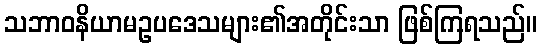
သဘာဝနိယာမဥပဒေသများ၏အတိုင်းသာ ဖြစ်ကြရသည်။